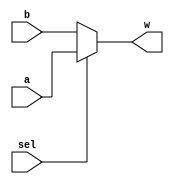
module Mux(input [4:0]a,b,input sel,output [4:0]w);
	assign w=(sel)?a:b;
endmodule